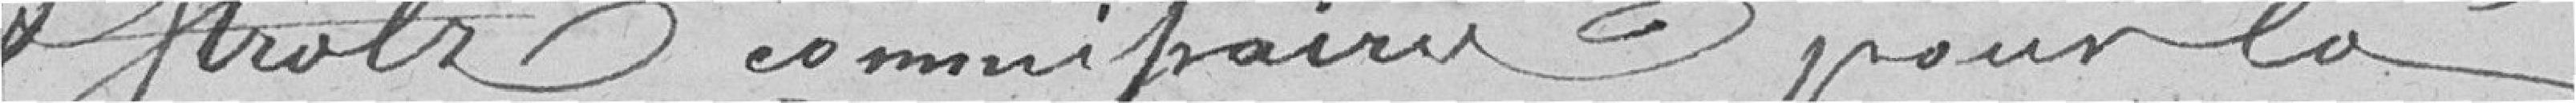
et Hrolz, commissaire pour la